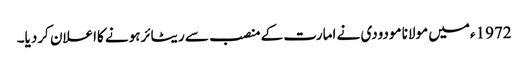
1972ءمیں مولانا مودودی نے امارت کے منصب سے ریٹائرہونے کااعلان کردیا۔